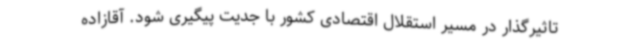
تاثیرگذار در مسیر استقلال اقتصادی کشور با جدیت پیگیری شود. آقازاده